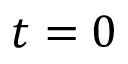
t = 0